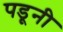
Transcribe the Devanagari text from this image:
पडूनी